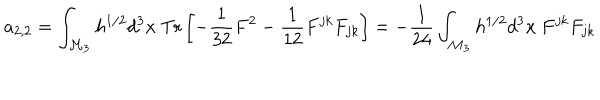
a _ { 2 , 2 } = \int _ { { \cal M } _ { 3 } } h ^ { 1 / 2 } d ^ { 3 } x ~ \mathrm { T r } \left[ - { \frac { 1 } { 3 2 } } F ^ { 2 } - { \frac { 1 } { 1 2 } } F ^ { j k } F _ { j k } \right] = - { \frac { 1 } { 2 4 } } \int _ { { \cal M } _ { 3 } } h ^ { 1 / 2 } d ^ { 3 } x ~ F ^ { j k } F _ { j k }